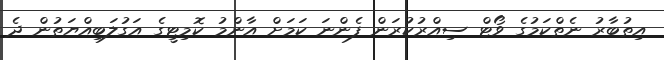
އިތުބާރު ނެތްކަމުގެ ވޯޓް ސިއްރުކުރަން ފެންނަ ކަމަށް އާންމު ކޮމިޓީގެ އަގުލަބިއްޔަތުން ދެ